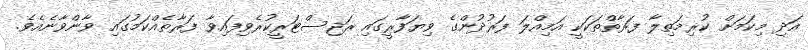
އަދި މިކަމަށް ކުރިމަތިލާ ފަރާތްތަކަކީ އަމިއްލަ ފަރުދުންގެ ވިޔަފާރީގައި ރަޖިސްޓަރީކުރެވިފައިވާ ފަރާތެއްކަމުގައި ވާންވާނެއެވެ.